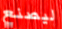
ليصنع